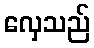
လှေသည်